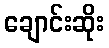
ချောင်းဆိုး